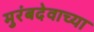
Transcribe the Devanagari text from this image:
मुरंबदेवाच्या